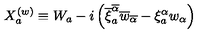
X _ { a } ^ { ( w ) } \equiv W _ { a } - i \left( \overline { { \xi } } _ { a } ^ { \overline { { \alpha } } } \overline { { w } } _ { \overline { { \alpha } } } - \xi _ { a } ^ { \alpha } w _ { \alpha } \right)